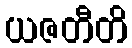
ယဇတီတိ